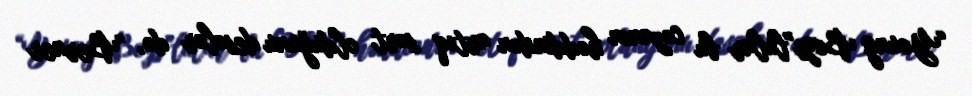
“Young Boys”lular bu cəzanın həddindən artıq sərt olduğunu desələr də, “Berner